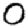
Digit: 0